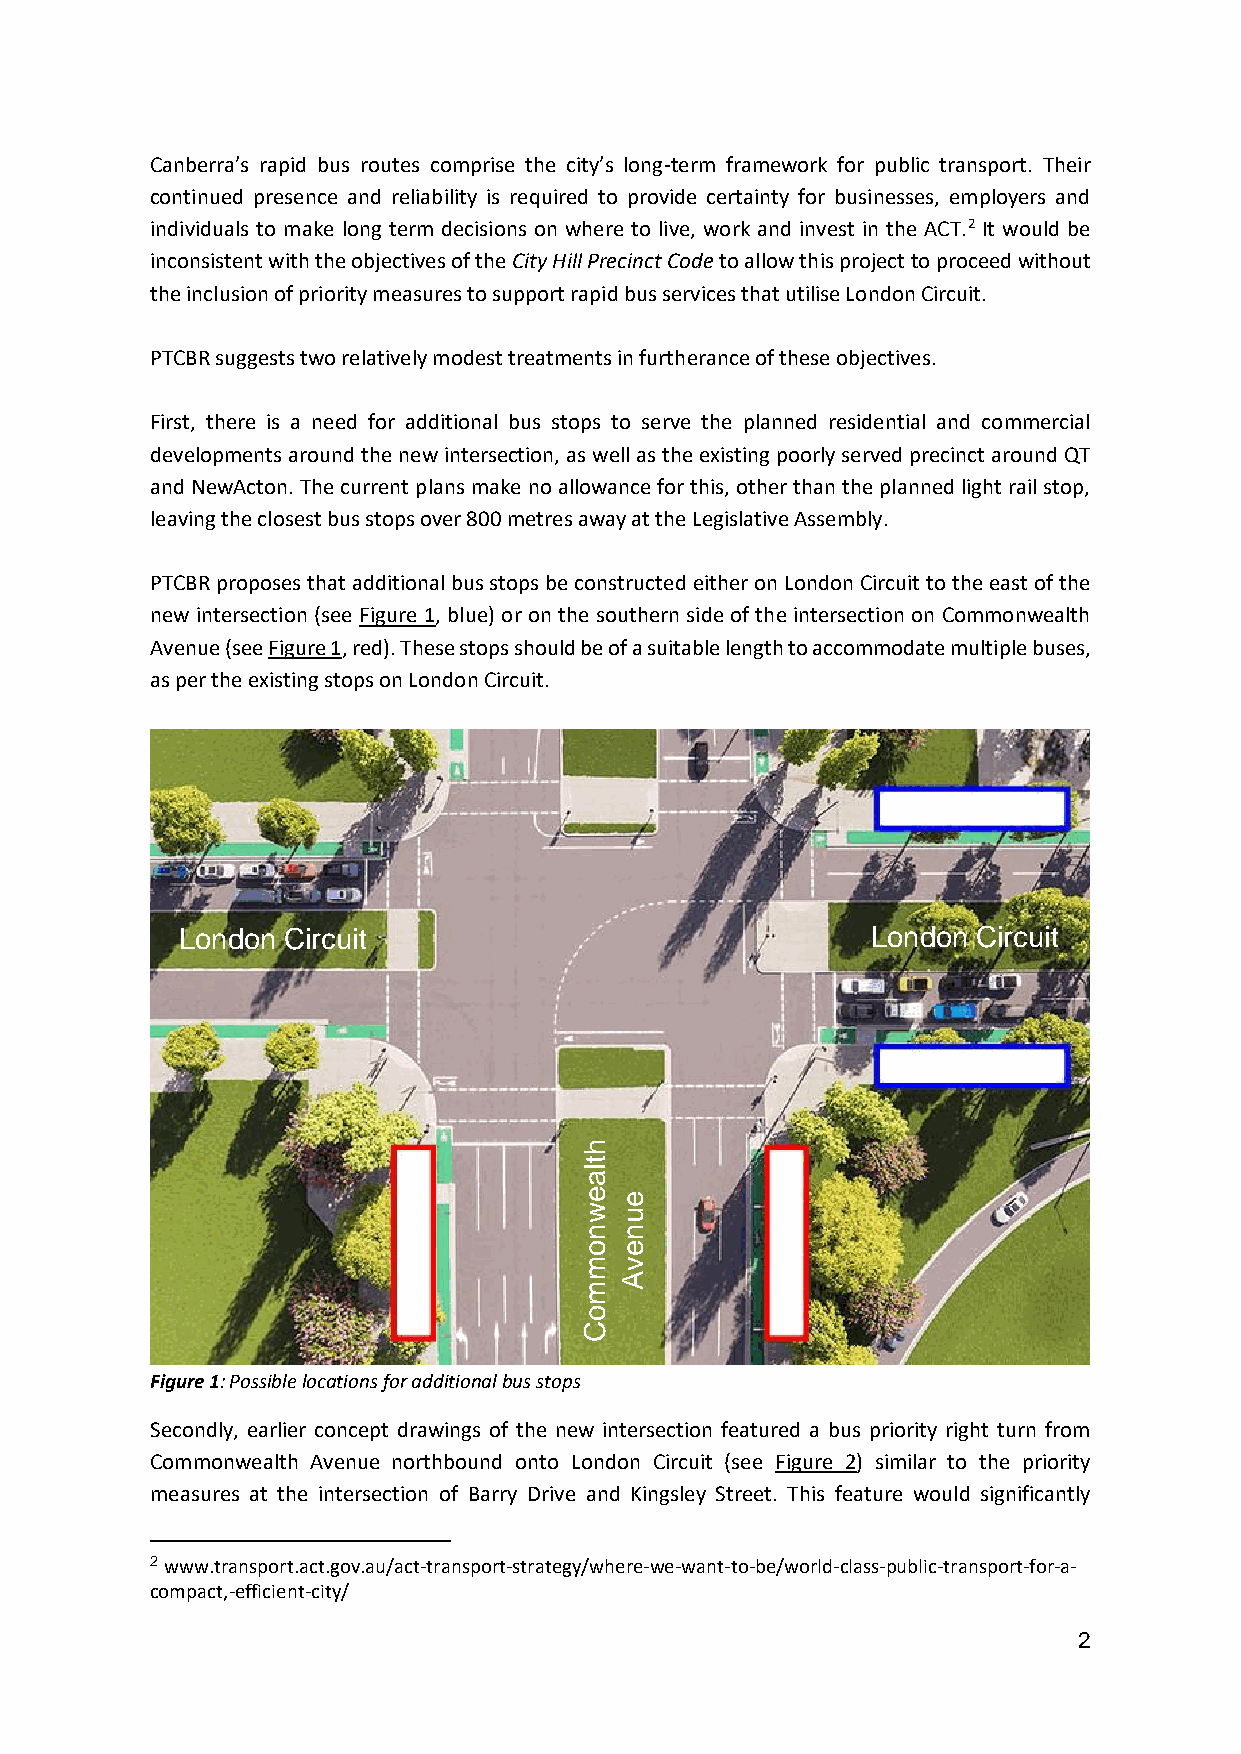
Canberra’s rapid bus routes comprise the city’s long-term framework for public transport. Their
 continued presence and reliability is required to provide certainty for businesses, employers and
 individuals to make long term decisions on where to live, work and invest in the ACT.2 It would be
 inconsistent with the objectives of the City Hill Precinct Code to allow this project to proceed without
 the inclusion of priority measures to support rapid bus services that utilise London Circuit.
 PTCBR suggests two relatively modest treatments in furtherance of these objectives.
 First, there is a need for additional bus stops to serve the planned residential and commercial
 developments around the new intersection, as well as the existing poorly served precinct around QT
 and NewActon. The current plans make no allowance for this, other than the planned light rail stop,
 leaving the closest bus stops over 800 metres away at the Legislative Assembly.
 PTCBR proposes that additional bus stops be constructed either on London Circuit to the east of the
 new intersection (see Figure 1, blue) or on the southern side of the intersection on Commonwealth
 Avenue (see Figure 1, red). These stops should be of a suitable length to accommodate multiple buses,
 as per the existing stops on London Circuit.
 London Circuit                                London Circuit
 h
 t
 l
 a
 e  e
 w  u
 n  n
 o  e
 m  v
 A
 m
 o
 C
 Figure 1: Possible locations for additional bus stops
 Secondly, earlier concept drawings of the new intersection featured a bus priority right turn from
 Commonwealth Avenue northbound onto London Circuit (see Figure 2) similar to the priority
 measures at the intersection of Barry Drive and Kingsley Street. This feature would significantly
 2 www.transport.act.gov.au/act-transport-strategy/where-we-want-to-be/world-class-public-transport-for-a-
 compact,-efficient-city/
 2